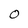
Character: 0